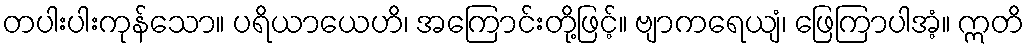
တပါးပါးကုန်သော။ ပရိယာယေဟိ၊ အကြောင်းတို့ဖြင့်။ ဗျာကရေယျံ၊ ဖြေကြာပါအံ့။ ဣတိ